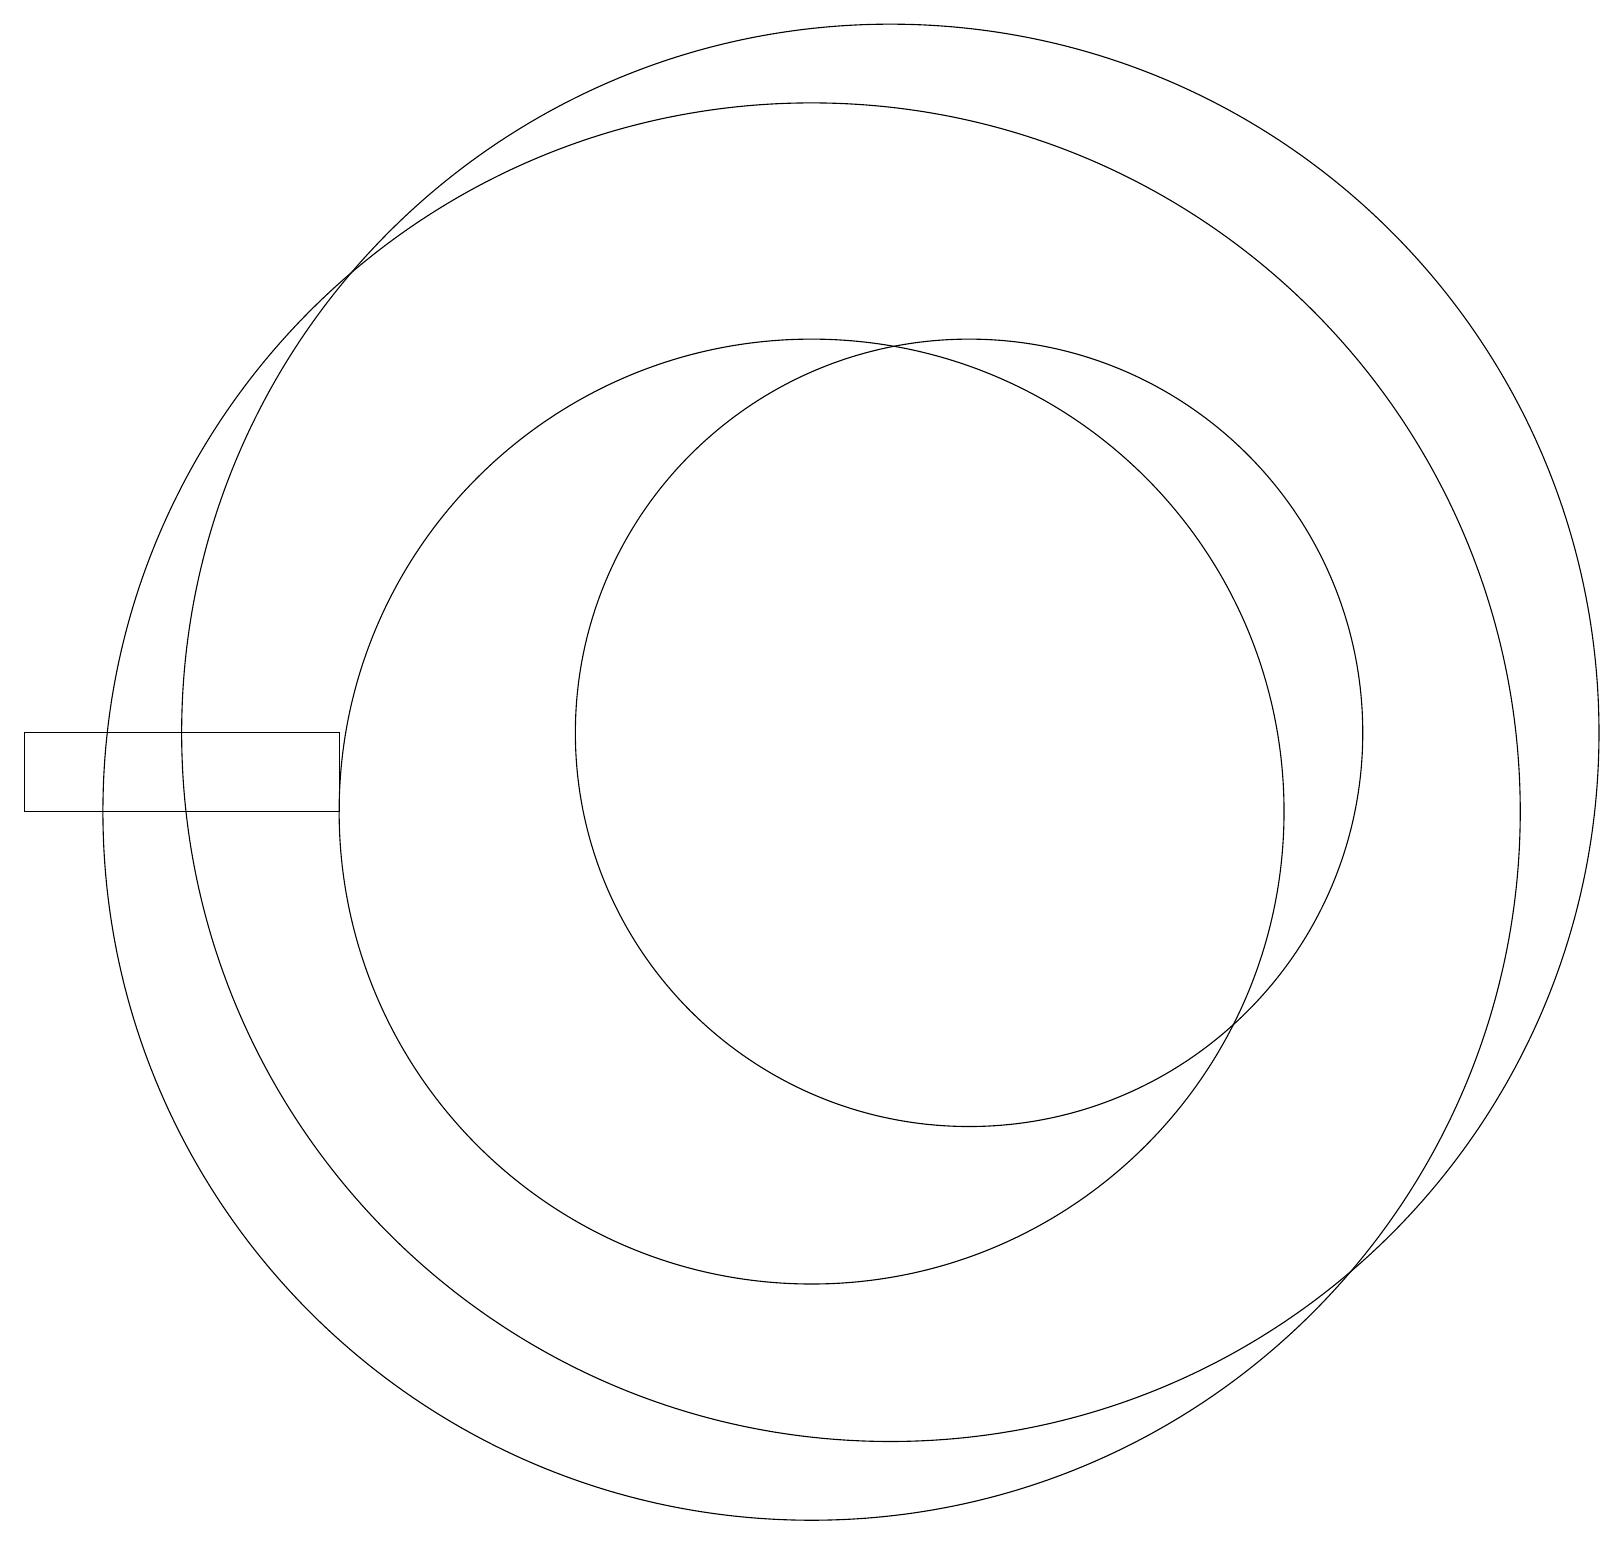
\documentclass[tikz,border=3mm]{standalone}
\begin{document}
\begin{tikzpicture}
\draw (4,10) rectangle (0,11);
\draw (12,11) circle (5);
\draw (10,10) circle (6);
\draw (11,11) circle (9);
\draw (10,10) circle (9);
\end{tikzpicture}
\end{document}